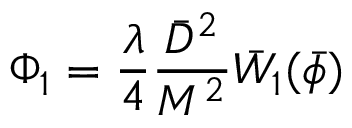
\Phi _ { 1 } = \frac { \lambda } { 4 } \frac { \bar { D } ^ { 2 } } { M ^ { 2 } } \bar { W } _ { 1 } ( \bar { \phi } )